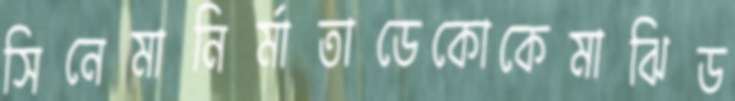
সিনেমানির্মাতাডেকোকেমাঝিড